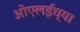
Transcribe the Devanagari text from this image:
ओएलईच्या